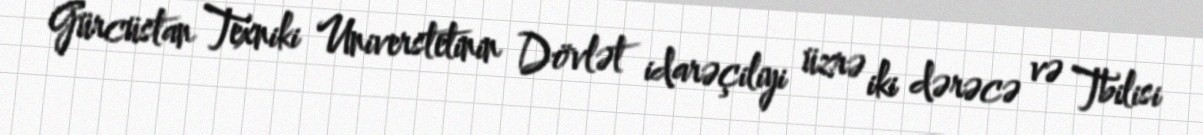
Gürcüstan Texniki Universtetinin Dövlət idarəçiliyi üzrə iki dərəcə və Tbilisi